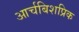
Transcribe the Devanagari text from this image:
आर्चबिशप्रिक